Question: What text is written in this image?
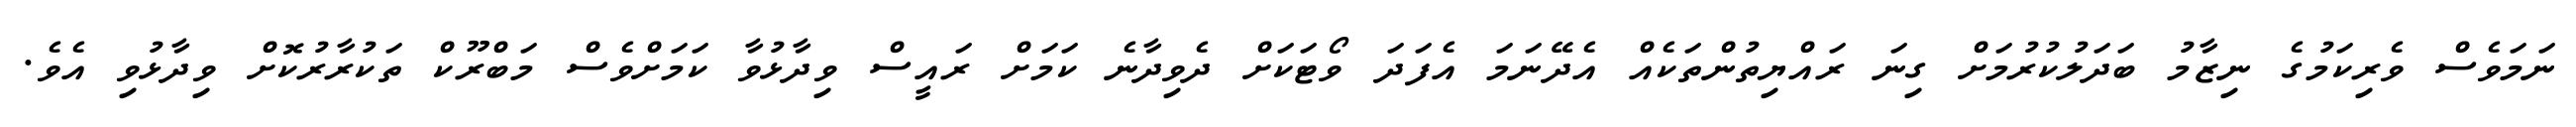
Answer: ނަމަވެސް ވެރިކަމުގެ ނިޒާމު ބަދަލުކުރުމަށް ގިނަ ރައްޔިތުންތަކެއް އެދޭނަމަ އެފަދަ ވޯޓަކަށް ދެވިދާނެ ކަމަށް ރައީސް ވިދާޅުވާ ކަމަށްވެސް މަބްރޫކް ތަކުރާރުކޮށް ވިދާޅުވި އެވެ.